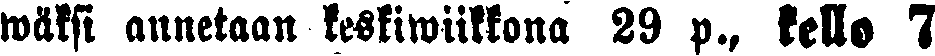
wäksi annetaan keskiwiikkona 29 p., kello 7